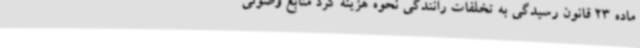
ماده 23 قانون رسیدگی به تخلفات رانندگی نحوه هزینه کرد منابع وصولی